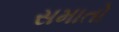
સમાતો